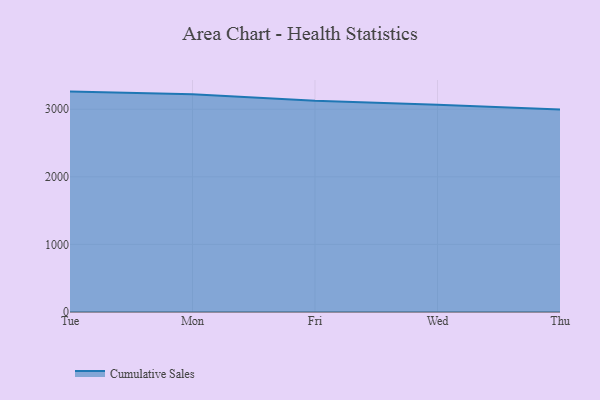
{"axis": {"x": "Day", "y": "Shipments"}, "legend": ["Cumulative Sales"], "data": [{"x": "Tue", "y": 3261.0, "type": "Cumulative Sales"}, {"x": "Mon", "y": 3223.3, "type": "Cumulative Sales"}, {"x": "Fri", "y": 3123.9, "type": "Cumulative Sales"}, {"x": "Wed", "y": 3067.2, "type": "Cumulative Sales"}, {"x": "Thu", "y": 2996.6, "type": "Cumulative Sales"}]}